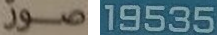
صور 19535